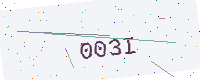
Text: 003I